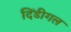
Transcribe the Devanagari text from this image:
दिंडीगल